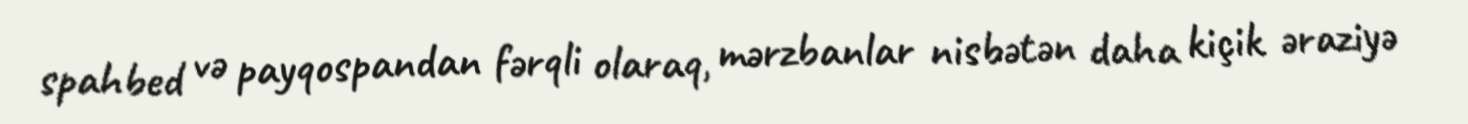
spahbed və payqospandan fərqli olaraq, mərzbanlar nisbətən daha kiçik əraziyə